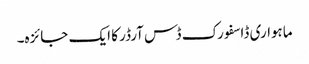
ماہواری ڈاسفورک ڈس آرڈر کا ایک جائزہ۔